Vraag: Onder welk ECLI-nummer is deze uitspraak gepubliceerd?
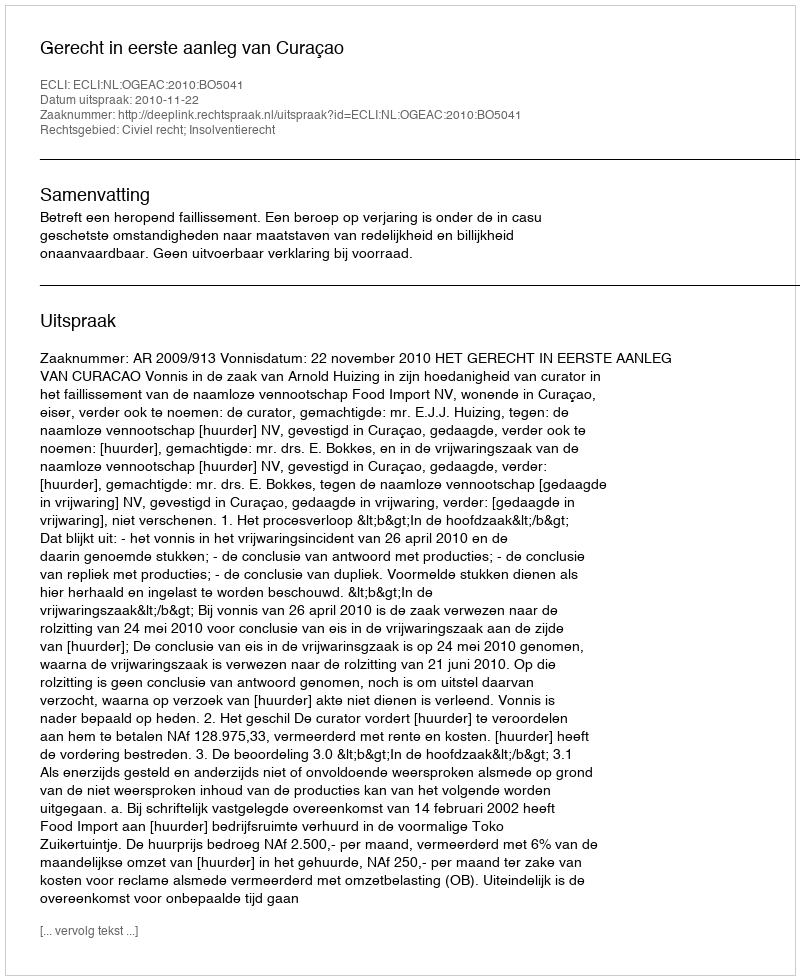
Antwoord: ECLI:NL:OGEAC:2010:BO5041